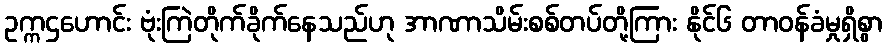
ဥက္ကဌဟောင်း ဗုံးကြဲတိုက်ခိုက်နေသည်ဟု အာဏာသိမ်းစစ်တပ်တို့ကြား နိုင်၆ တာဝန်ခံမှုရှိစွာ